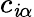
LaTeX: c_{\mathit{i}\alpha}